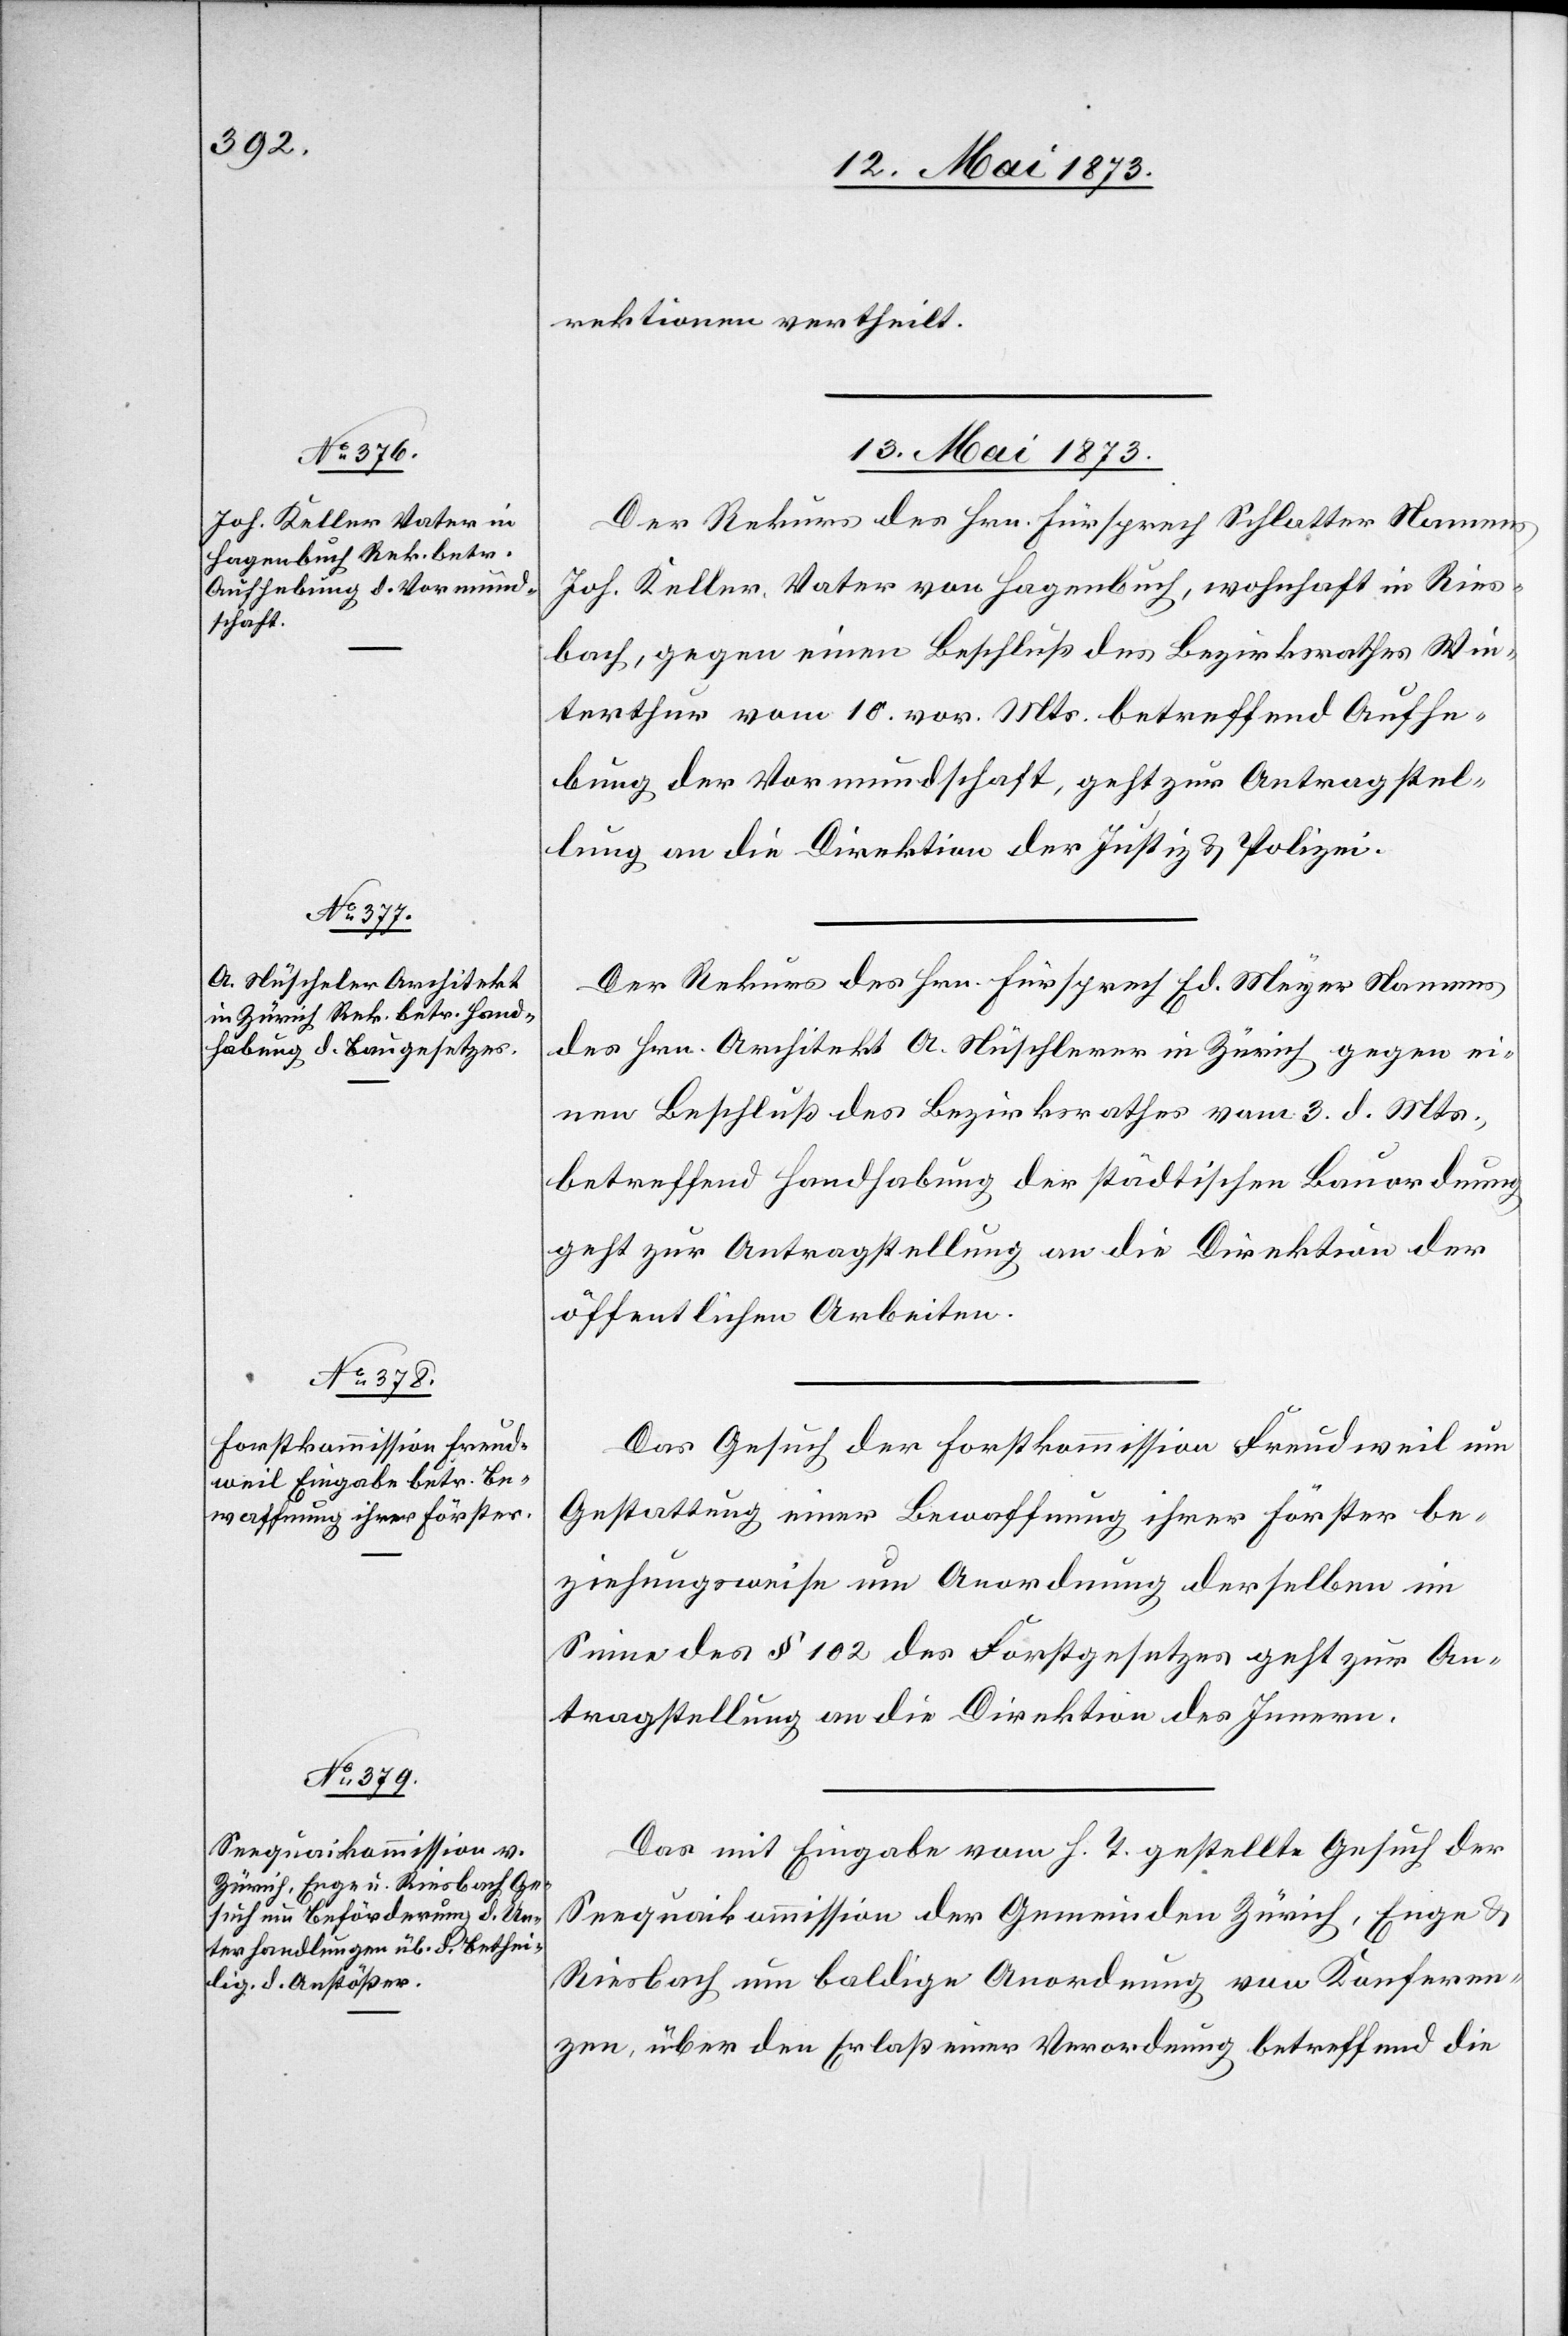
rektionen vertheilt.
13. Mai 1873.]
Der Rekurs des Hrn. Fürsprech Schlatter Namens
Joh. Keller, Vater von Hagenbuch, wohnhaft in Ries¬
bach, gegen einen Beschluß des Bezirksrathes Win¬
terthur vom 10. vor. Mts. betreffend Aufhe¬
bung der Vormundschaft, geht zur Antragstel¬
lung an die Direktion der Justiz & Polizei.
Der Rekurs des Hrn. Fürsprech Ed. Meyer Namens
des Hrn. Architekt A. Nüschlerer [sic!] in Zürich gegen ei¬
nen Beschluß des Bezirksrathes vom 3. d. Mts.,
betreffend Handhabung der städtischen Bauordnung
geht zur Antragstellung an die Direktion der
öffentlichen Arbeiten.
Das Gesuch der Forstkommission Freudweil um
Gestattung einer Bewaffnung ihrer Förster be¬
ziehungsweise um Anordnung derselben im
Sinne des § 102 des Forstgesetzes geht zur An¬
tragstellung an die Direktion des Innern.
Das mit Eingabe vom h. T. gestellte Gesuch der
Seequaikommission der Gemeinden Zürich, Enge &
Riesbach um baldige Anordnung von Konferen¬
zen, über den Erlaß einer Verordnung betreffend die